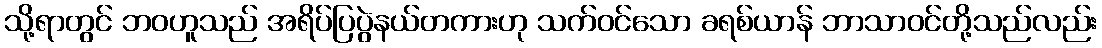
သို့ရာတွင် ဘဝဟူသည် အရိပ်ပြပွဲနယ်တကားဟု သက်ဝင်သော ခရစ်ယာန် ဘာသာဝင်တို့သည်လည်း